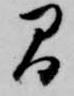
間